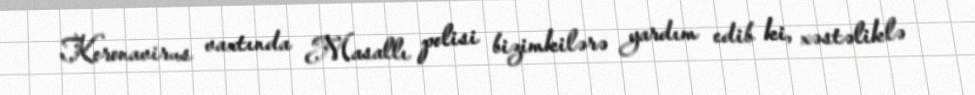
Koronavirus vaxtında Masallı polisi bizimkilərə yardım edib ki, xəstəliklə